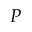
P